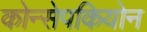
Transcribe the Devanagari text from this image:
कोन्सेपकियोन